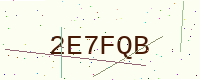
Text: 2E7FQB